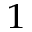
_ { 1 }